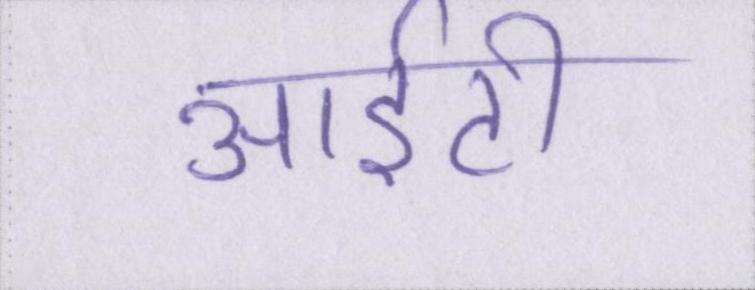
आईटी